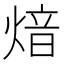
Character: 𤋾